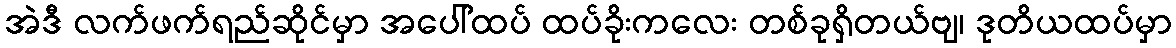
အဲဒီ လက်ဖက်ရည်ဆိုင်မှာ အပေါ်ထပ် ထပ်ခိုးကလေး တစ်ခုရှိတယ်ဗျ၊ ဒုတိယထပ်မှာ